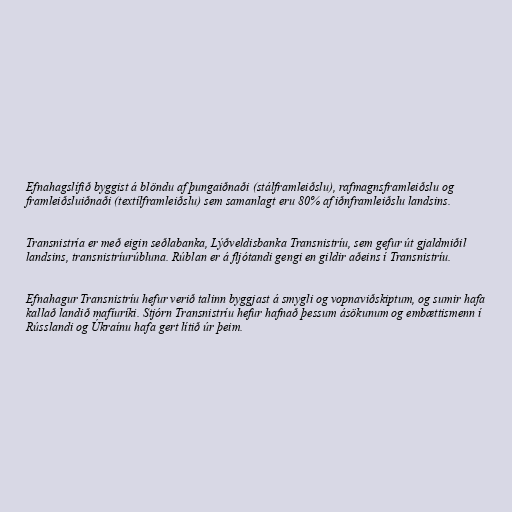
Efnahagslífið byggist á blöndu af þungaiðnaði (stálframleiðslu), rafmagnsframleiðslu og
framleiðsluiðnaði (textílframleiðslu) sem samanlagt eru 80% af iðnframleiðslu landsins.

Transnistría er með eigin seðlabanka, Lýðveldisbanka Transnistríu, sem gefur út gjaldmiðil
landsins, transnistríurúbluna. Rúblan er á fljótandi gengi en gildir aðeins í Transnistríu.

Efnahagur Transnistríu hefur verið talinn byggjast á smygli og vopnaviðskiptum, og sumir hafa
kallað landið mafíuríki. Stjórn Transnistríu hefur hafnað þessum ásökunum og embættismenn í
Rússlandi og Úkraínu hafa gert lítið úr þeim.